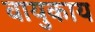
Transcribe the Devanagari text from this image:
वायुकाय